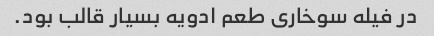
در فیله سوخاری طعم ادویه بسیار قالب بود.